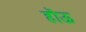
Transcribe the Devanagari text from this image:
हॊऊ